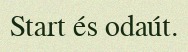
Start és odaút.